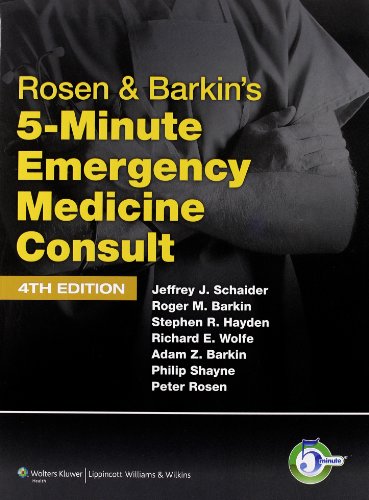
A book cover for Rosen & Barkin's 5-Minute Emergency Medicine Consult (The 5-Minute Consult Series); Medical Books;